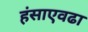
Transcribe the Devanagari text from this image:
हंसाएवढा